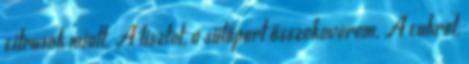
citrusok miatt. A lisztet, a sütőport összekeverem. A cukrot,